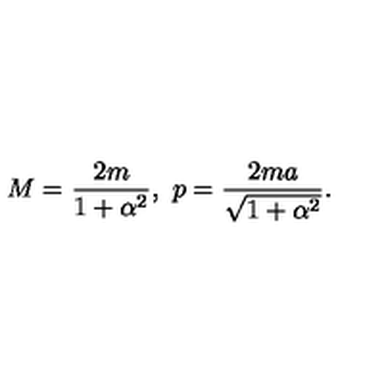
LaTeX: M = { \frac { 2 m } { 1 + \alpha ^ { 2 } } } , \ p = { \frac { 2 m a } { \sqrt { 1 + \alpha ^ { 2 } } } } .